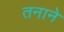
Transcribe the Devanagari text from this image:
तनाने